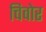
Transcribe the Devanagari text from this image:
चिवोर